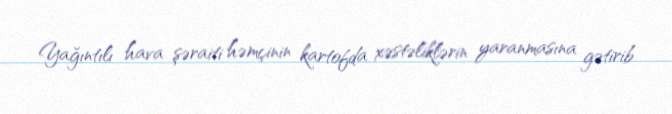
Yağıntılı hava şəraiti həmçinin kartofda xəstəliklərin yaranmasına gətirib